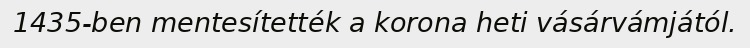
1435-ben mentesítették a korona heti vásárvámjától.